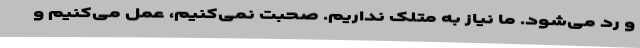
و رد می‌شود. ما نیاز به متلک نداریم. صحبت نمی‌کنیم، عمل می‌کنیم و